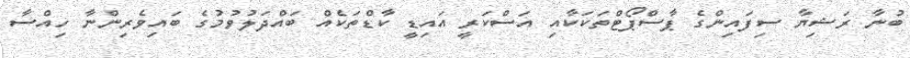
ބުނާ ރަޝިޔާ ސިފައިންގެ ޕާސްޕޯޓްތަކަކާއި އަސްކަރީ އައިޑީ ކާޑްތަކެއް ބައްދަލުވުމުގެ ބައިވެރިންނާ ހިއްސާ